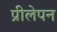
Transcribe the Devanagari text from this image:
प्रीलेपन